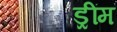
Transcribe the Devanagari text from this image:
ड्रींम